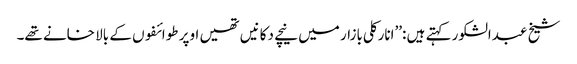
شیخ عبدالشکور کہتے ہیں :’’انارکلی بازار میں نیچے دکانیں تھیں اوپر طوائفوں کے بالا خانے تھے۔